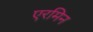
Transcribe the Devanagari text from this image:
एरमिन